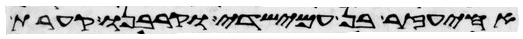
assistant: אחיעזר בן עמישדי וקרבנו קערת